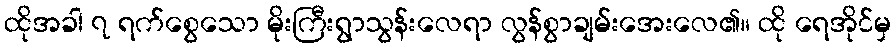
ထိုအခါ ၇ ရက်စွေသော မိုးကြီးရွာသွန်းလေရာ လွန်စွာချမ်းအေးလေ၏။ ထို ရေအိုင်မှ